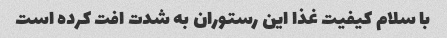
با سلام کیفیت غذا این رستوران به شدت افت کرده است